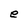
Character: e